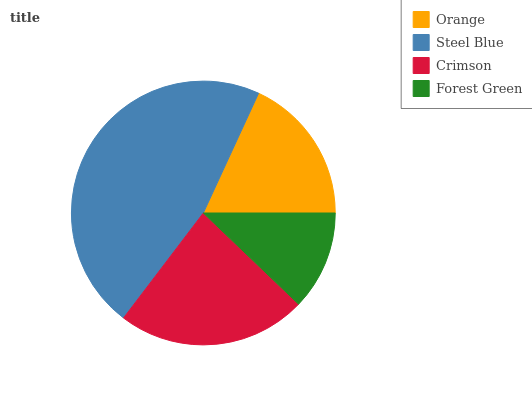
| Orange | Steel Blue | Crimson | Forest Green |
 | --- | --- | --- | --- |
 | 18.1% | 46.5% | 23.2% | 12.2% |